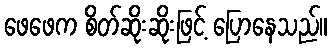
ဖေဖေက စိတ်ဆိုးဆိုးဖြင့် ပြောနေသည်။